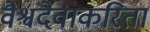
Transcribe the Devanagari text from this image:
वैश्वदेवाकरिता